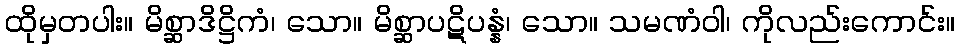
ထိုမှတပါး။ မိစ္ဆာဒိဋ္ဌိကံ၊ သော။ မိစ္ဆာပဋိပန္နံ၊ သော။ သမဏံဝါ၊ ကိုလည်းကောင်း။